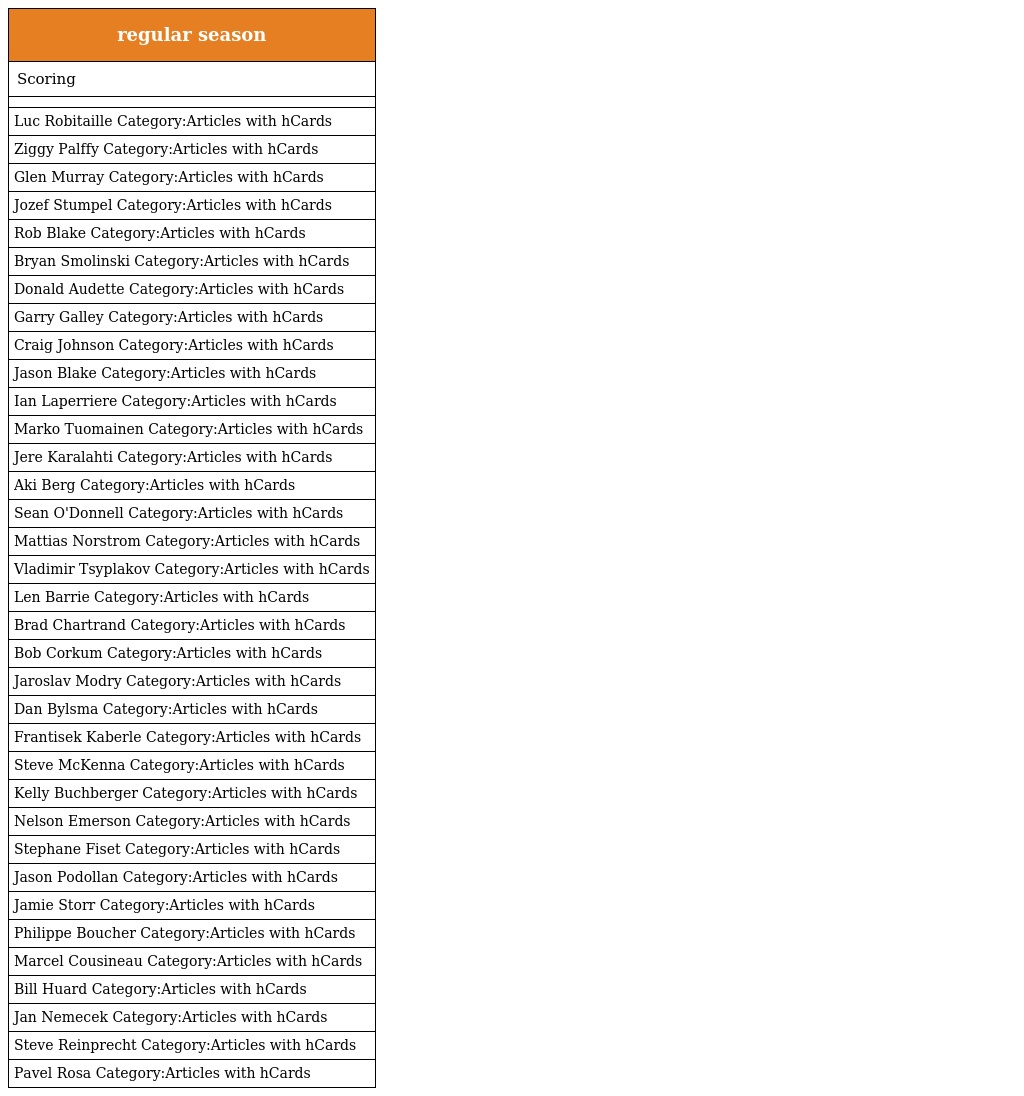
| regular season |
 | --- |
 | Scoring |
 |  |
 | Luc Robitaille Category:Articles with hCards |
 | Ziggy Palffy Category:Articles with hCards |
 | Glen Murray Category:Articles with hCards |
 | Jozef Stumpel Category:Articles with hCards |
 | Rob Blake Category:Articles with hCards |
 | Bryan Smolinski Category:Articles with hCards |
 | Donald Audette Category:Articles with hCards |
 | Garry Galley Category:Articles with hCards |
 | Craig Johnson Category:Articles with hCards |
 | Jason Blake Category:Articles with hCards |
 | Ian Laperriere Category:Articles with hCards |
 | Marko Tuomainen Category:Articles with hCards |
 | Jere Karalahti Category:Articles with hCards |
 | Aki Berg Category:Articles with hCards |
 | Sean O'Donnell Category:Articles with hCards |
 | Mattias Norstrom Category:Articles with hCards |
 | Vladimir Tsyplakov Category:Articles with hCards |
 | Len Barrie Category:Articles with hCards |
 | Brad Chartrand Category:Articles with hCards |
 | Bob Corkum Category:Articles with hCards |
 | Jaroslav Modry Category:Articles with hCards |
 | Dan Bylsma Category:Articles with hCards |
 | Frantisek Kaberle Category:Articles with hCards |
 | Steve McKenna Category:Articles with hCards |
 | Kelly Buchberger Category:Articles with hCards |
 | Nelson Emerson Category:Articles with hCards |
 | Stephane Fiset Category:Articles with hCards |
 | Jason Podollan Category:Articles with hCards |
 | Jamie Storr Category:Articles with hCards |
 | Philippe Boucher Category:Articles with hCards |
 | Marcel Cousineau Category:Articles with hCards |
 | Bill Huard Category:Articles with hCards |
 | Jan Nemecek Category:Articles with hCards |
 | Steve Reinprecht Category:Articles with hCards |
 | Pavel Rosa Category:Articles with hCards |